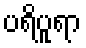
ပရိပူရာ